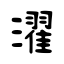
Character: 濯